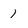
Character: 1